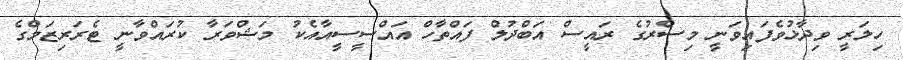
ހިލަރީ ވިދާޅުވެފައިވަނީ މިސްރުގެ ރައީސް އަބްދުލް ފައްތާހް އައްސީސީއާއެކު މަޝްވަރާ ކުރައްވާނީ ޓެރަރިޒަމްގެ